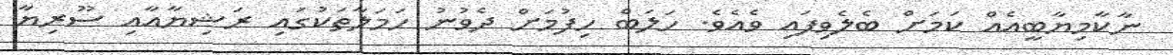
ނާކާމިޔާބީއެއް ކަމަށް ބެލެވިފައި ވެއެވެ. ހަލަބް ހިފުމަށް ދެވުނު ހަމަލާތަކުގައި ރަޝިޔާއާއި ސޫރިޔާ